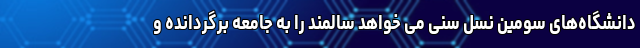
دانشگاه‌های سومین نسل سنی می خواهد سالمند را به جامعه برگردانده و